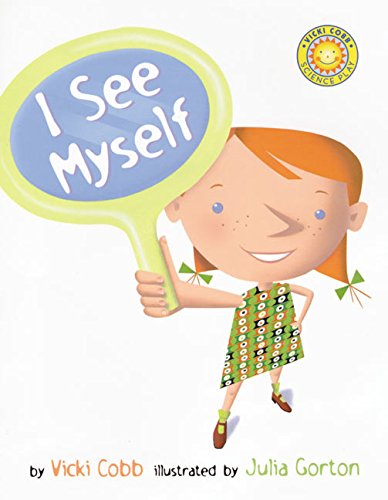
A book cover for I See Myself (Vicki Cobb Science Play); Vicki Cobb; Children's Books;